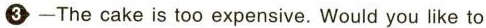
3 -The cake is too expensive.Would you like to